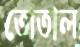
তোতাল